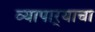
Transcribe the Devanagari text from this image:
व्यापार्‍याचा